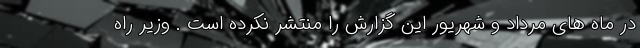
در ماه های مرداد و شهریور این گزارش را منتشر نکرده است . وزیر راه